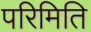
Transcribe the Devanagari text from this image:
परिमिति